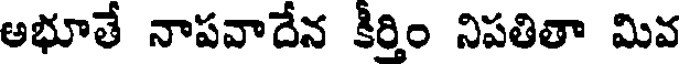
అభూతే నాపవాదేన కీర్తిం నిపతితా మివ